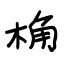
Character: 桷